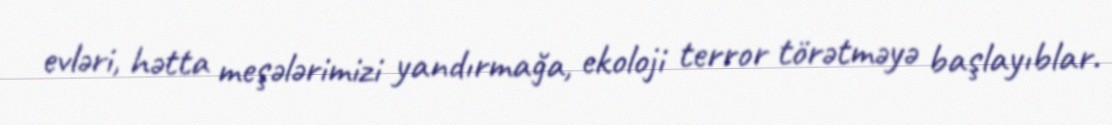
evləri, hətta meşələrimizi yandırmağa, ekoloji terror törətməyə başlayıblar.